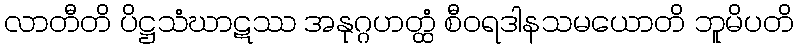
လာတီတိ ပိဋ္ဌသံဃာဋဿ အနုဂ္ဂဟတ္ထံ စီဝရဒါနသမယောတိ ဘူမိပတိ